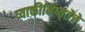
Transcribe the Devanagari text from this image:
व्याक्तीनिष्ठ्तेचे